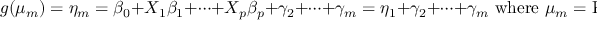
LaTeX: g ( \mu _ { m } ) = \eta _ { m } = \beta _ { 0 } + X _ { 1 } \beta _ { 1 } + \cdots + X _ { p } \beta _ { p } + \gamma _ { 2 } + \cdots + \gamma _ { m } = \eta _ { 1 } + \gamma _ { 2 } + \cdots + \gamma _ { m } { \mathrm { ~ w h e r e ~ } } \mu _ { m } = \operatorname { P } ( Y \leq m ) .